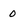
Character: 0